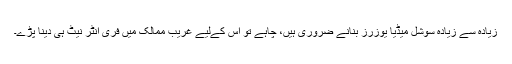
زیادہ سے زیادہ سوشل میڈیا یوزرز بنانے ضروری ہیں، چاہے تو اس کےلیے غریب ممالک میں فری انٹر نیٹ ہی دینا پڑے۔